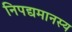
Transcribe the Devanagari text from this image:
निपद्यमानस्य